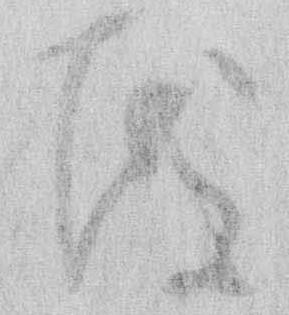
度